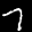
Label: 7